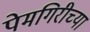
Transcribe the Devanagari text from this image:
पेमगिरीच्या